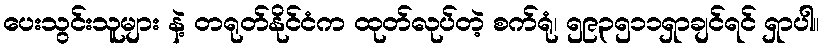
ပေးသွင်းသူများ နဲ့ တရုတ်နိုင်ငံက ထုတ်လုပ်တဲ့ စက်ရုံ၊ ၅၉၃၅၁၁ရှာချင်ရင် ရှာပါ။